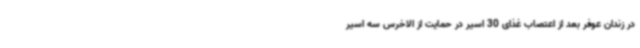
در زندان عوفر بعد از اعتصاب غذای 30 اسیر در حمایت از الاخرس سه اسیر